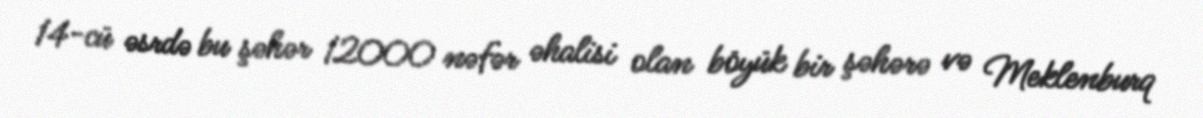
14-cü əsrdə bu şəhər 12000 nəfər əhalisi olan böyük bir şəhərə və Meklenburq